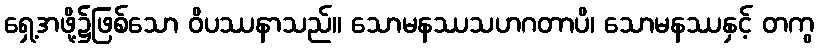
ရှေ့အဖို့၌ဖြစ်သော ဝိပဿနာသည်။ သောမနဿသဟဂတာပိ၊ သောမနဿနှင့် တကွ